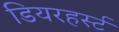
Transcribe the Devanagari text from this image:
डियरहर्स्ट